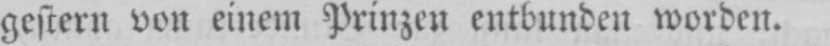
gestern von einem Prinzen entbunden worden.